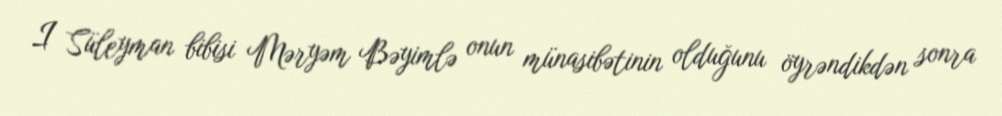
I Süleyman bibisi Məryəm Bəyimlə onun münasibətinin olduğunu öyrəndikdən sonra